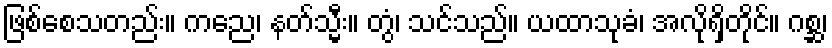
ဖြစ်စေသတည်း။ ကညေ၊ နတ်သ္မီး။ တွံ၊ သင်သည်။ ယထာသုခံ၊ အလိုရှိတိုင်။ ဂစ္ဆ၊